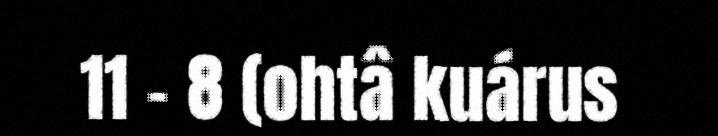
11 – 8 (ohtâ kuárus